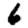
Digit: 6